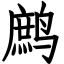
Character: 鹧